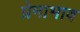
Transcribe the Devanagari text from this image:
प्रेमाभाव